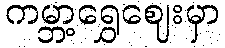
ကမ္ဘာ့ရွှေဈေးမှာ